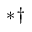
{ } { ^ * } { } ^ { \dagger } { }